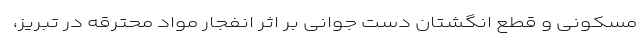
مسکونی و قطع انگشتان دست جوانی بر اثر انفجار مواد محترقه در تبریز،